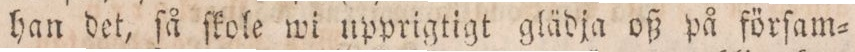
han det, ſå ſkole wi upprigtigt glädja oß på förſam-